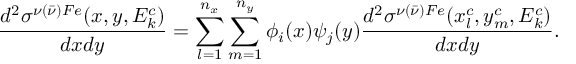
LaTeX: \frac { d ^ { 2 } \sigma ^ { \nu ( \bar { \nu } ) F e } ( x , y , E _ { k } ^ { c } ) } { d x d y } = \sum _ { l = 1 } ^ { n _ { x } } \sum _ { m = 1 } ^ { n _ { y } } \phi _ { i } ( x ) \psi _ { j } ( y ) \frac { d ^ { 2 } \sigma ^ { \nu ( \bar { \nu } ) F e } ( x _ { l } ^ { c } , y _ { m } ^ { c } , E _ { k } ^ { c } ) } { d x d y } .